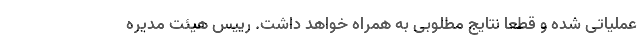
عملیاتی شده و قطعا نتایج مطلوبی به همراه خواهد داشت. رییس هیئت مدیره